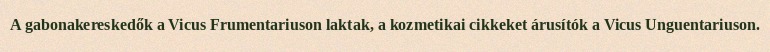
A gabonakereskedők a Vicus Frumentariuson laktak, a kozmetikai cikkeket árusítók a Vicus Unguentariuson.